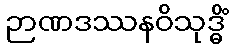
ဉာဏဒဿနဝိသုဒ္ဓိံ